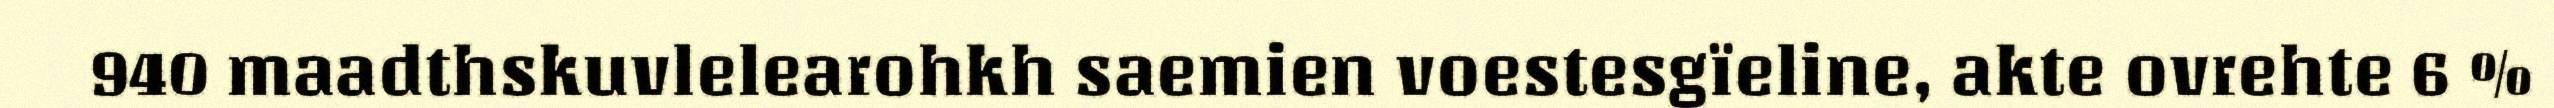
940 maadthskuvlelearohkh saemien voestesgïeline, akte ovrehte 6 %